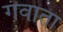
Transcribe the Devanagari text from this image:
गंवाता